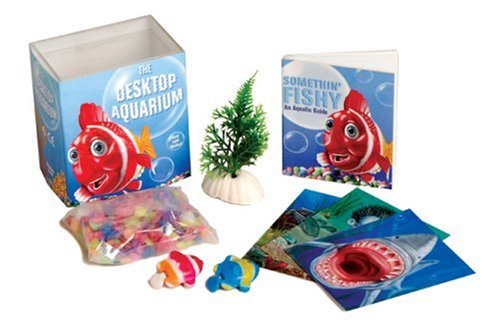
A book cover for The Desktop Aquarium (Mega Mini Kit): Just Add Water! (Mega Mini Kits); Jennifer Leczkowski; Crafts, Hobbies & Home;